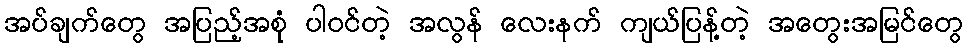
အပ်ချက်တွေ အပြည့်အစုံ ပါဝင်တဲ့ အလွန် လေးနက် ကျယ်ပြန့်တဲ့ အတွေးအမြင်တွေ